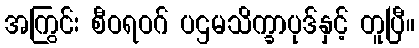
အကြွင်း စီဝရဝဂ် ပဌမသိက္ခာပုဒ်နှင့် တူပြီ။